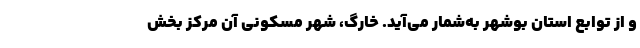
و از توابع استان بوشهر به‌شمار می‌آید. خارگ، شهر مسکونی آن مرکز بخش